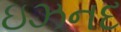
ઇઝનદ